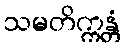
သမတိက္ကန္တံ